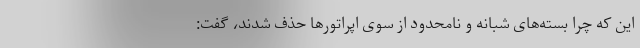
این که چرا بسته‌های شبانه و نامحدود از سوی اپراتورها حذف شدند، گفت: